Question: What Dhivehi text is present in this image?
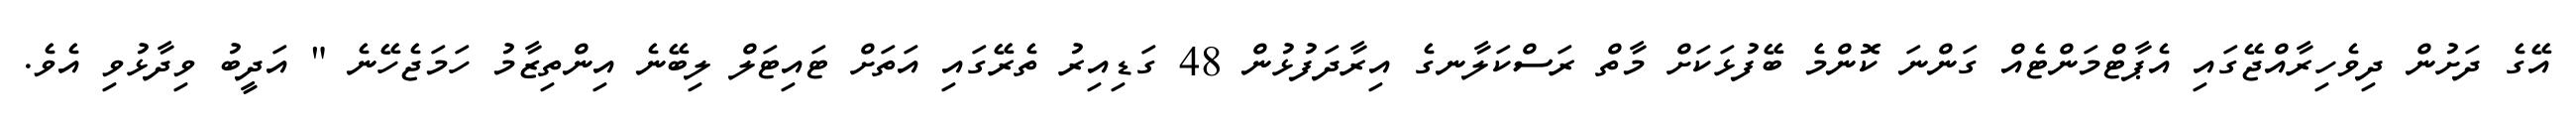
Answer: އޭގެ ދަށުން ދިވެހިރާއްޖޭގައި އެޕާޓްމަންޓެއް ގަންނަ ކޮންމެ ބޭފުޅަކަށް މާތް ރަސްކަލާނގެ އިރާދަފުޅުން 48 ގަޑިއިރު ތެރޭގައި އަތަށް ޓައިޓަލް ލިބޭނެ އިންތިޒާމު ހަމަޖެހޭނެ " އަދީބު ވިދާޅުވި އެވެ.